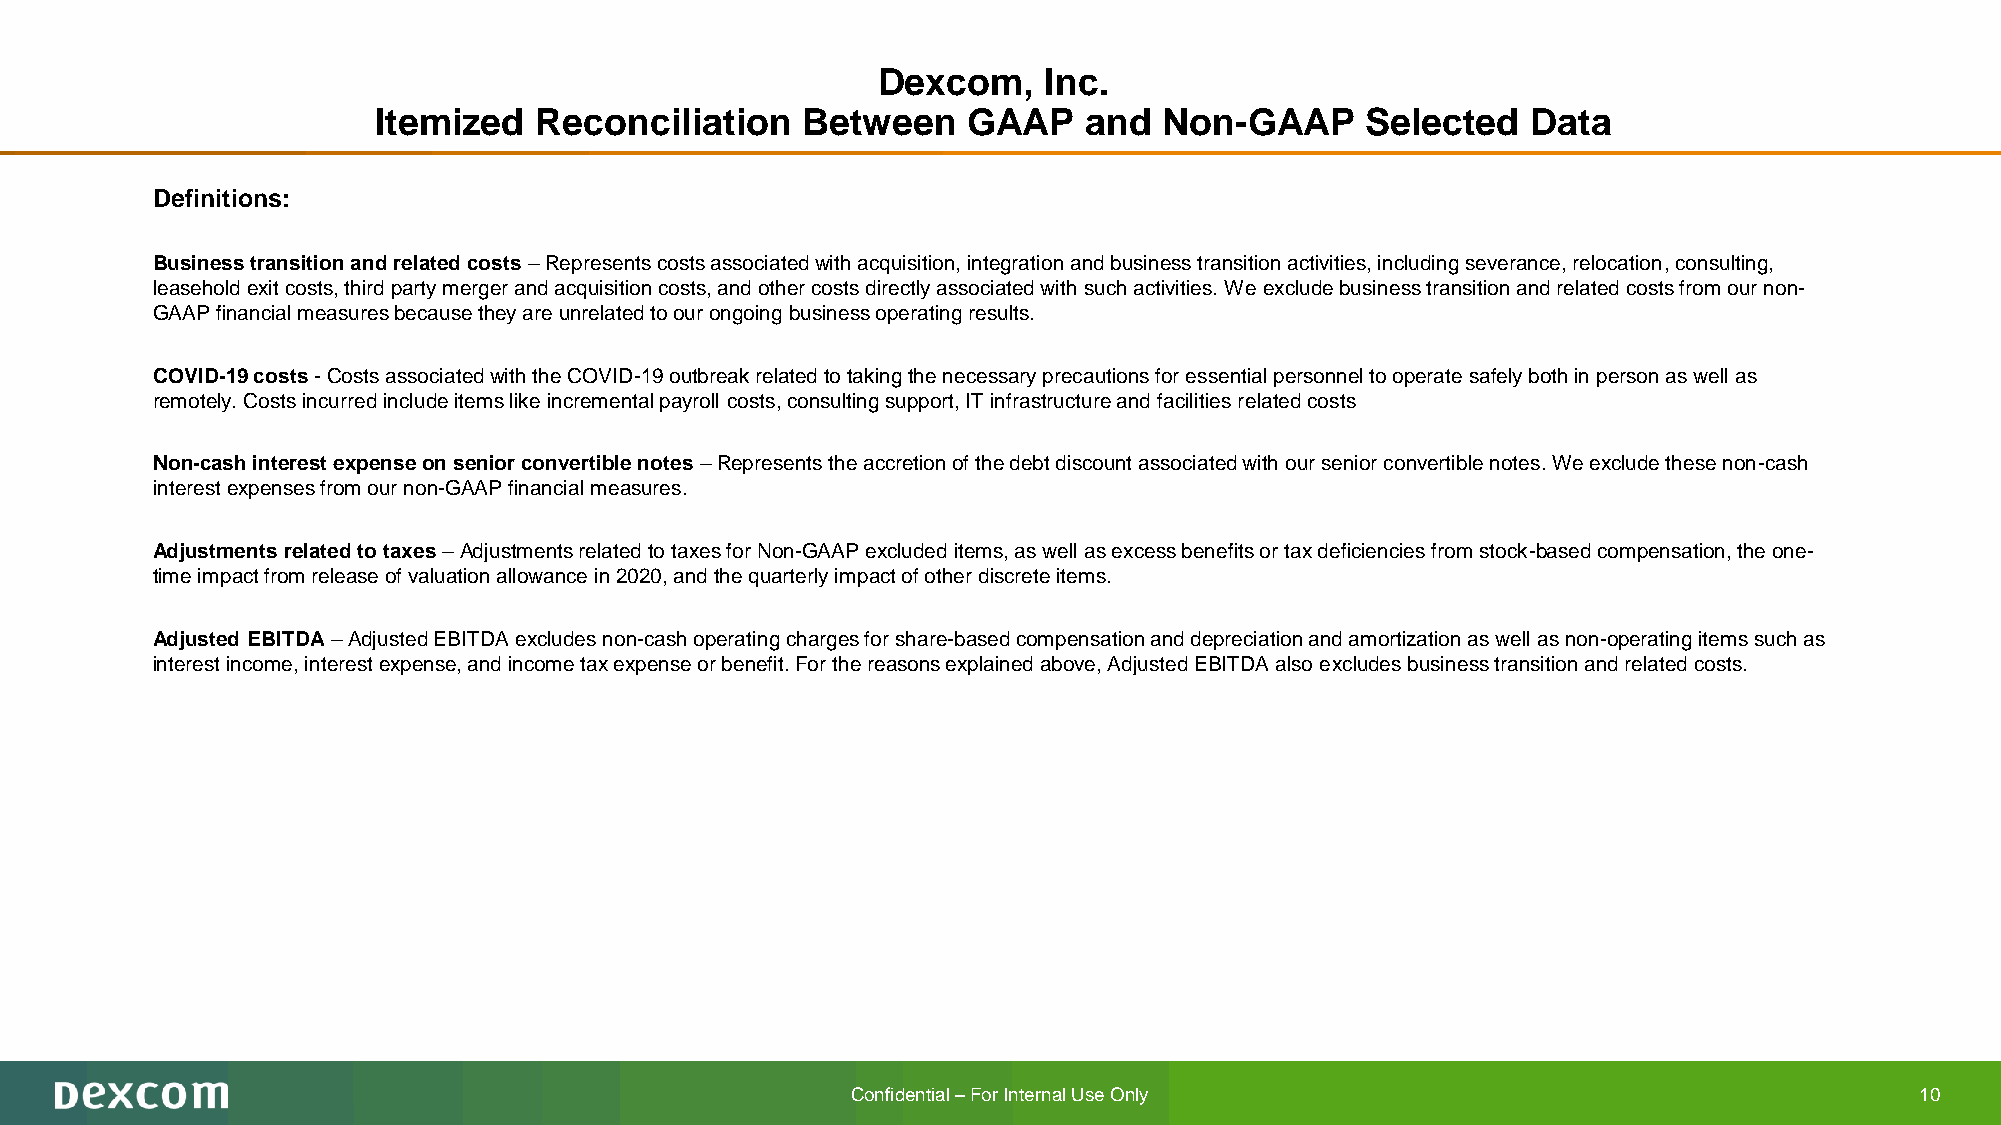
Dexcom,    Inc.
 Itemized  Reconciliation    Between    GAAP    and  Non-GAAP     Selected   Data
 Definitions:
 Business transition and related costs–Represents costs associated with acquisition, integration and business transition activities, including severance, relocation, consulting,
 leasehold exit costs, third party merger and acquisition costs, and other costs directly associated with such activities. We exclude business transition and related costs from our non-
 GAAP financial measures because they are unrelated to our ongoing business operating results.
 COVID-19 costs-Costs associated with the COVID-19 outbreak related to taking the necessary precautions for essential personnel to operate safely both in person as well as
 remotely. Costs incurred include items like incremental payroll costs, consulting support, IT infrastructure and facilities related costs
 Non-cash interest expense on senior convertible notes–Represents the accretion of the debt discount associated with our senior convertible notes. We exclude these non-cash
 interest expenses from our non-GAAP financial measures.
 Adjustments related to taxes–Adjustments related to taxes for Non-GAAP excluded items, as well as excess benefits or tax deficiencies from stock-based compensation, the one-
 time impact from release of valuation allowance in 2020, and the quarterly impact of other discrete items.
 Adjusted EBITDA–Adjusted EBITDA excludes non-cash operating charges for share-based compensation and depreciation and amortization as well asnon-operating items such as
 interest income, interest expense, and income tax expense or benefit. For the reasons explained above, Adjusted EBITDA also excludes business transition and related costs.
 Confidential –For Internal Use Only                                    10